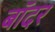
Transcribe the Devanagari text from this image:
बॉदर